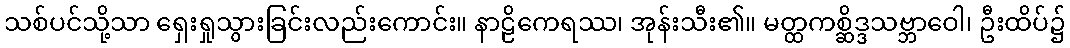
သစ်ပင်သို့သာ ရှေးရှုသွားခြင်းလည်းကောင်း။ နာဠိကေရဿ၊ အုန်းသီး၏။ မတ္ထကစ္ဆိဒ္ဒသဗ္ဘာဝေါ၊ ဦးထိပ်၌